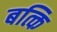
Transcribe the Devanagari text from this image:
बत्कि